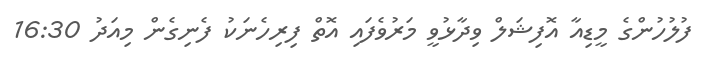
ފުލުހުންގެ މީޑިއާ އޮފިޝަލް ވިދާޅުވީ މަރުވެފައި އޮތް ފިރިހެނަކު ފެނިގެން މިއަދު 16:30